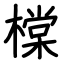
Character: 橖